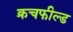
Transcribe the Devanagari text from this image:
क्रचफील्ड